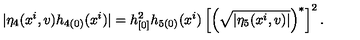
| \eta _ { 4 } ( x ^ { i } , v ) h _ { 4 ( 0 ) } ( x ^ { i } ) | = h _ { [ 0 ] } ^ { 2 } h _ { 5 ( 0 ) } ( x ^ { i } ) \left[ \left( \sqrt { | \eta _ { 5 } ( x ^ { i } , v ) | } \right) ^ { \ast } \right] ^ { 2 } .